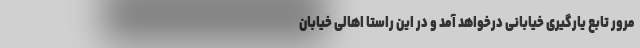
مرور تابع یارگیری خیابانی درخواهد آمد و در این راستا اهالی خیابان